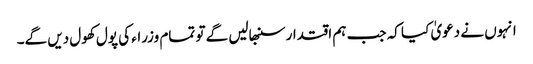
انہوں نے دعویٰ کیا کہ جب ہم اقتدار سنبھالیں گے تو تمام وزراء کی پول کھول دیں گے۔